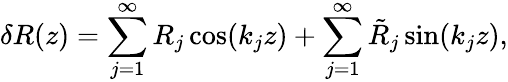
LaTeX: \delta R(z)=\sum_{j=1}^{\infty}R_{j}\cos(k_{j}z)+\sum_{j=1}^{\infty}\tilde{R}_{j}\sin(k_{j}z),